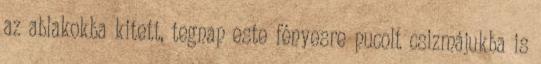
az ablakokba kitett, tegnap este fényesre pucolt csizmájukba is